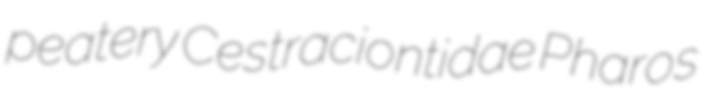
peatery Cestraciontidae Pharos